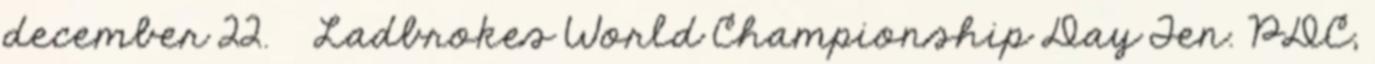
december 22. ↑ Ladbrokes World Championship Day Ten. PDC,